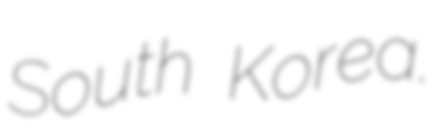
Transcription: South Korea.